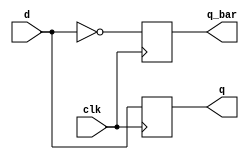
//This is for the D flip flop module.

module d_flip_flop_behavioral_module (d, clk, q, q_bar);
	input d;
	input clk; // clock

	output q, q_bar;
	reg q, q_bar;
	
	always @ (posedge clk)
	begin
		q <= d;
		q_bar <= !d;
	end
endmodule